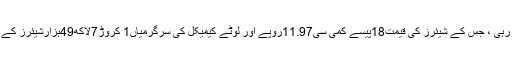
جمعرات کوبینک آف پنجاب کی سرگرمیاں1کروڑ41لاکھ15ہزار500 شیئرز کے ساتھ سرفہرست رہی ، جس کے شیئرز کی قیمت18پیسے کمی سی11.97روپے اور لوٹے کیمیکل کی سرگرمیاں1 کروڑ7لاکھ49ہزارشیئرز کے ساتھ دوسرے نمبر پر رہیں،جس کے شیئرز کی قیمت44پیسے کمی سی11.26روپے پر بند ہوئی ۔